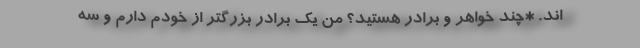
اند. *چند خواهر و برادر هستید؟ من یک برادر بزرگتر از خودم دارم و سه